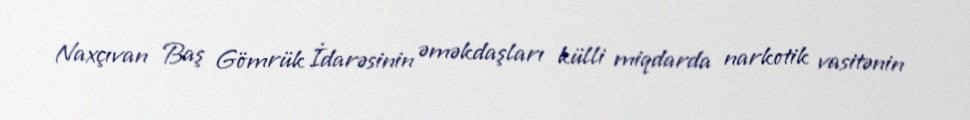
Naxçıvan Baş Gömrük İdarəsinin əməkdaşları külli miqdarda narkotik vasitənin